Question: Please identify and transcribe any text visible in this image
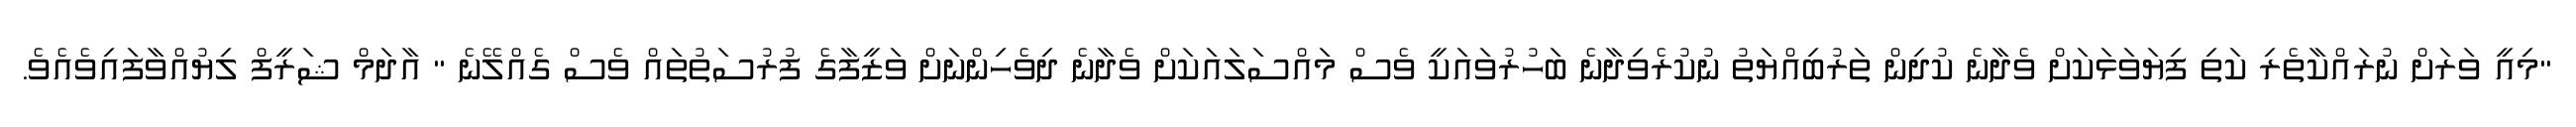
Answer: "މިއީ ވަރަށް ނުރައްކާތެރި ކަތި ފިޔަވަޅަކަށް ވެދާނެ ކުދިން ތަރުބިއްޔަތު ނުކުރެވިދާނެ ބަހުރުވައަކީ ވެސް މައްސަލައަކަށް ވެދާނެ ދިވެހިންނަށް ވަޒީފާގެ ފުރުސަތުތައް ވެސް ގެއްލޭނެ " އާދަމް ޝަރީފް ލިޔުއްވާފައިވެއެވެ.